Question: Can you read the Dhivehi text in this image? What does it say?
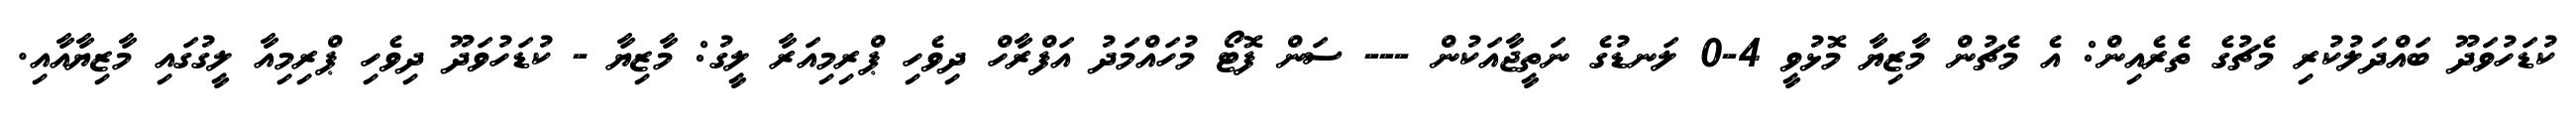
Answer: ކުޑަހުވަދޫ ބައްދަލުކުރި މެޗުގެ ތެރެއިން: އެ މެޗުން މާޒިޔާ މޮޅުވީ 4-0 ލަނޑުގެ ނަތީޖާއަކުން --- ސަން ފޮޓޯ މުހައްމަދު އަފްރާހް ދިވެހި ޕްރިމިއަރާ ލީގު: މާޒިޔާ - ކުޑަހުވަދޫ ދިވެހި ޕްރިމިއާ ލީގުގައި މާޒިޔާއާއި.